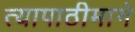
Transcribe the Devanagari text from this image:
त्यापाठीमागे